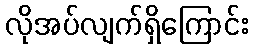
လိုအပ်လျက်ရှိကြောင်း